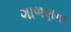
ગાળણના